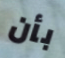
بأن